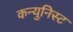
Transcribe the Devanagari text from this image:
कन्युनिस्ट